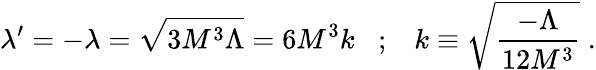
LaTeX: \lambda^{\prime}=-\lambda=\sqrt{3M^{3}\Lambda}=6M^{3}k\; \; \; ;\; \; \; k\equiv\sqrt{\frac{-\Lambda}{12M^{3}}}\; .